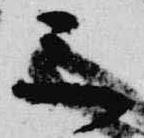
三